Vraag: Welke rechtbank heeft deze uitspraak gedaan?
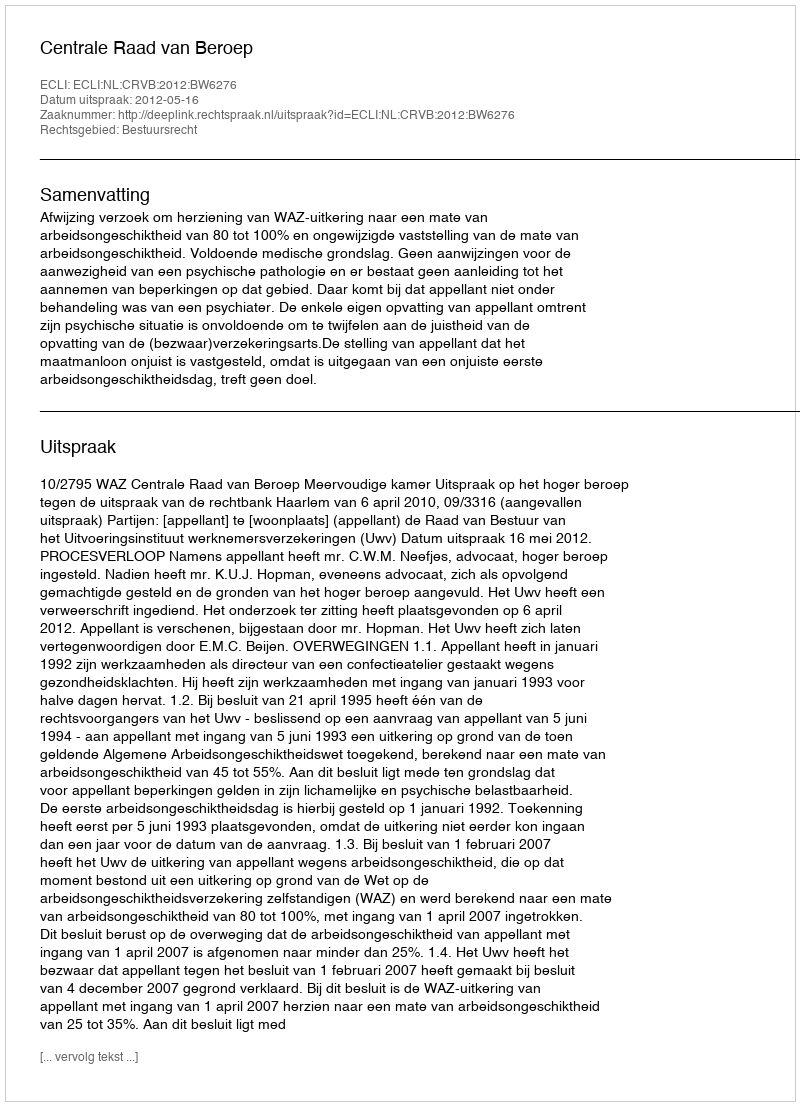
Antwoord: Centrale Raad van Beroep